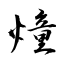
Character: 燑